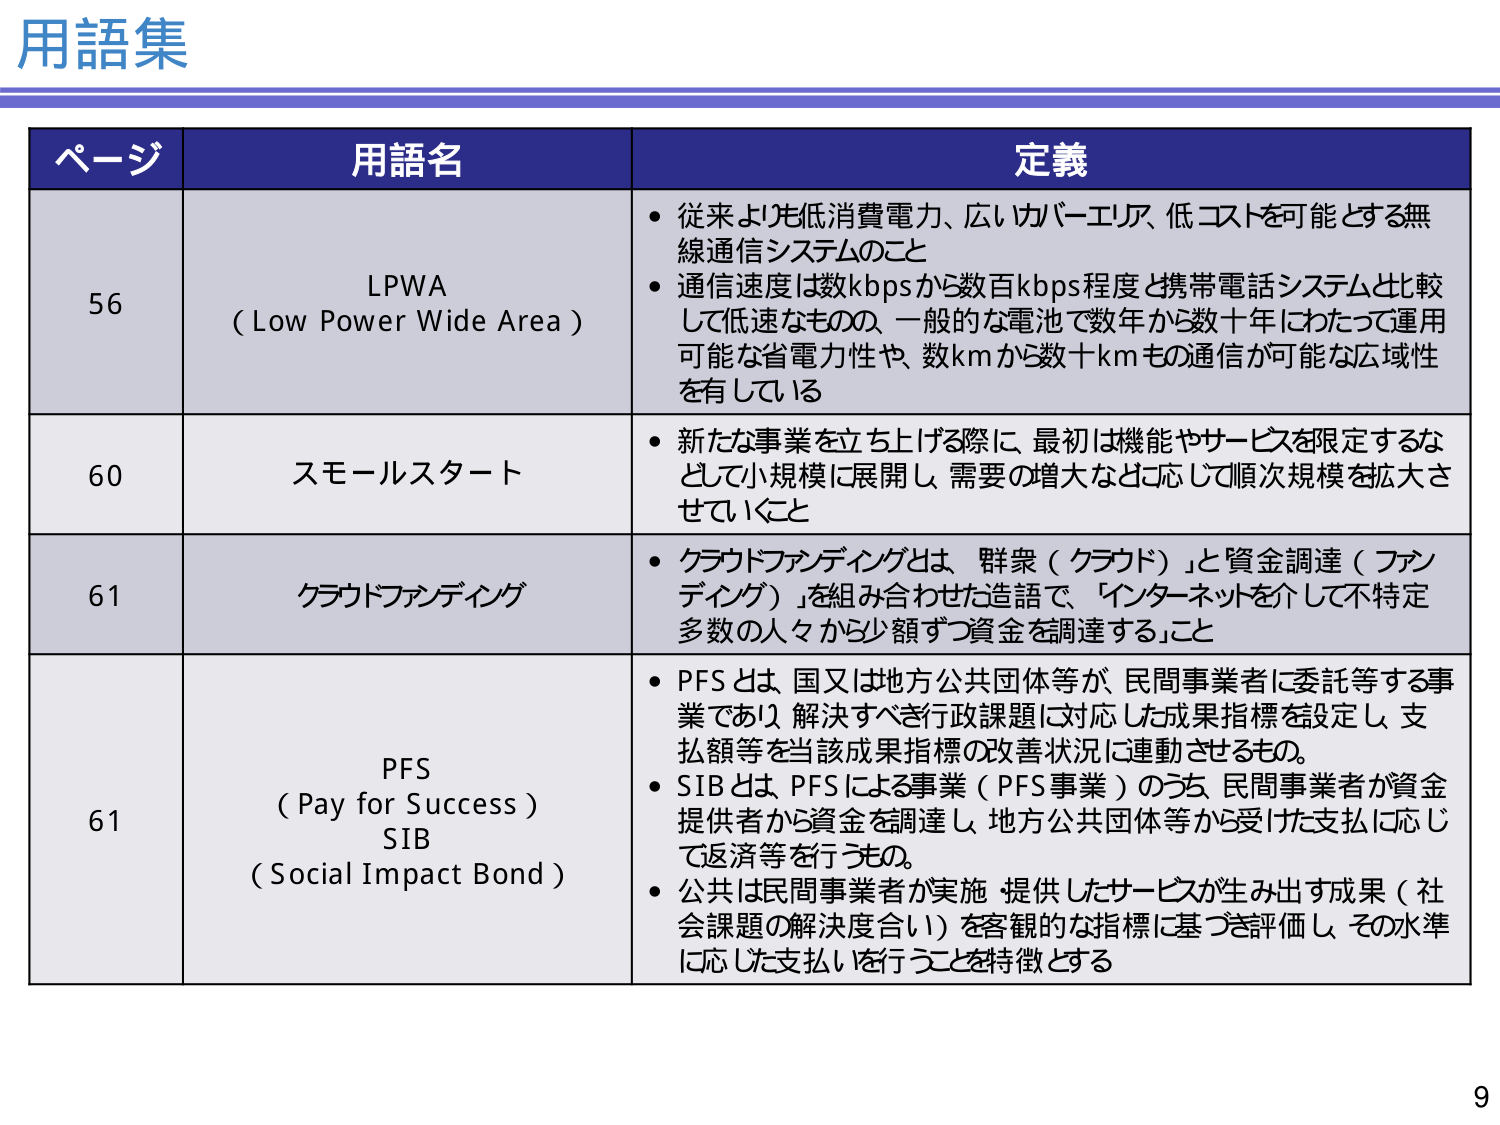
用語集

ページ 用語名 定義

56 LPWA (Low Power Wide Area) • 従来より低消費電力、広いカバーエリア、低コストを可能とする無線通信システムのこと
• 通信速度は数kbpsから数百kbps程度と携帯電話システムと比較して低速なもので、一般的な電池で数年から数十年にわたって運用可能な省電力性や、数kmから数十kmもの通信が可能な広域性を有している

60 スモールスタート • 新たな事業を立ち上げる際に、最初は機能やサービスを限定するなどして小規模に展開し、需要の増大などに応じて順次規模を拡大させていくこと

61 クラウドファンディング • クラウドファンディングとは、「群衆（クラウド）」と「資金調達（ファンディング）」を組み合わせた造語で、「インターネットを介して不特定多数の人々から少額ずつ資金を調達すること」

61 PFS (Pay for Success) SIB (Social Impact Bond) • PFSとは、国又は地方公共団体等が、民間事業者に委託等する事業であり、解決すべき行政課題に対応した成果指標を設定し、支払額等を当該成果指標の改善状況に連動させるもの。
• SIBとは、PFSによる事業（PFS事業）のうち、民間事業者が資金提供者から資金を調達し、地方公共団体等から受けた支払に応じて返済等を行うもの。
• 公共は民間事業者が実施・提供したサービスが生み出す成果（社会課題の解決度合い）を客観的な指標に基づき評価し、その水準に応じた支払いを行うことを特徴とする

9